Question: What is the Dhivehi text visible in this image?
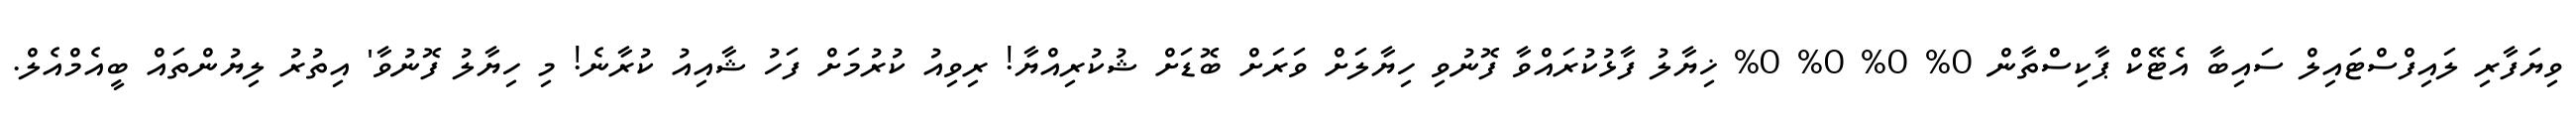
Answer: ވިޔަފާރި ލައިފްސްޓައިލް ސައިބާ އެޓޭކް ޕާކިސްތާން 0% 0% 0% 0% ޚިޔާލު ފާޅުކުރައްވާ ފޮނުވި ހިޔާލަށް ވަރަށް ބޮޑަށް ޝުކުރިއްޔާ! ރިވިއު ކުރުމަށް ފަހު ޝާއިއު ކުރާނެ! މި ހިޔާލު ފޮނުވާ' އިތުރު ލިޔުންތައް ބީއެމްއެލް.